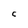
Character: C